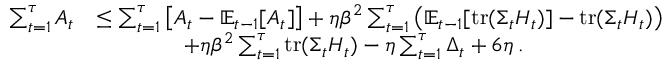
\begin{array} { r l } { \sum _ { t = 1 } ^ { \tau } A _ { t } } & { \leq \sum _ { t = 1 } ^ { \tau } \left[ A _ { t } - \mathbb E _ { t - 1 } [ A _ { t } ] \right] + \eta \beta ^ { 2 } \sum _ { t = 1 } ^ { \tau } \big ( \mathbb E _ { t - 1 } [ \operatorname { t r } ( \Sigma _ { t } H _ { t } ) ] - \operatorname { t r } ( \Sigma _ { t } H _ { t } ) \big ) } \\ & { \qquad \qquad + \eta \beta ^ { 2 } \sum _ { t = 1 } ^ { \tau } \operatorname { t r } ( \Sigma _ { t } H _ { t } ) - \eta \sum _ { t = 1 } ^ { \tau } \Delta _ { t } + 6 \eta \, . } \end{array}